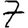
Digit: 7